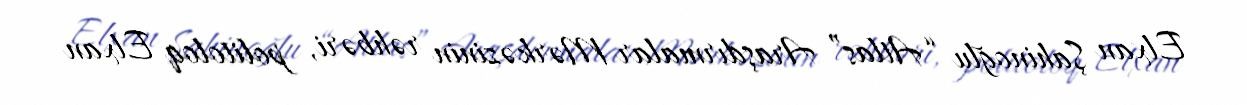
Elxan Şahinoğlu “Atlas” Araşdırmalar Mərkəzinin rəhbəri, politoloq Elxan